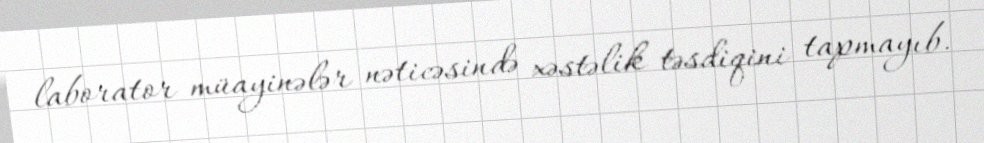
laborator müayinələr nəticəsində xəstəlik təsdiqini tapmayıb.